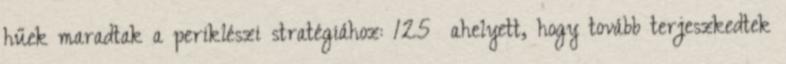
hűek maradtak a periklészi stratégiához: 125 ahelyett, hogy tovább terjeszkedtek